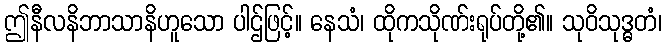
ဤနီလနိဘာသာနိဟူသော ပါဌ်ဖြင့်။ နေသံ၊ ထိုကသိုဏ်းရုပ်တို့၏။ သုဝိသုဒ္ဓတံ၊